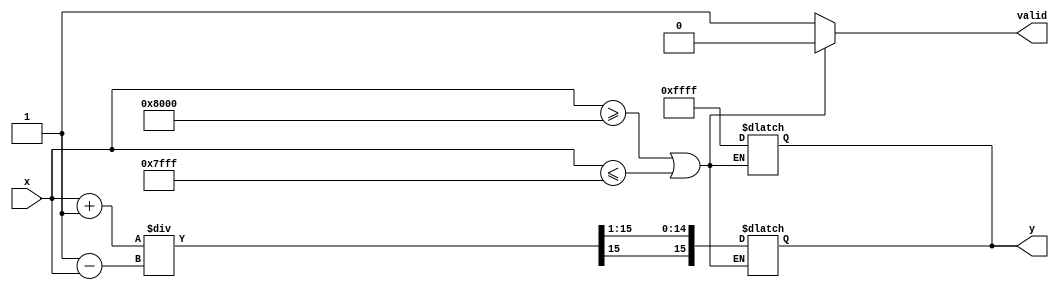
module atanh (
    input wire signed [15:0] x, // Fixed-point input (e.g., Q1.15 format)
    output reg signed [15:0] y,  // Fixed-point output (e.g., Q1.15 format)
    output reg valid             // Output valid signal
);

    // Internal signals
    wire signed [15:0] one_plus_x;
    wire signed [15:0] one_minus_x;
    wire signed [15:0] division_result;
    wire signed [15:0] ln_result;

    // Range Check Module
    always @(*) begin
        if (x >= 16'h8000 || x <= 16'h7FFF) begin // Check if x is in (-1, 1)
            y = 16'hFFFF; // Set to NaN or error code
            valid = 0;
        end else begin
            valid = 1;
        end
    end

    // Arithmetic Module for 1+x and 1-x
    assign one_plus_x = x + 16'h0001; // 1 + x
    assign one_minus_x = 16'h0001 - x; // 1 - x

    // Division Module
    // Simple division implementation (may need to be replaced with a more robust version)
    assign division_result = one_plus_x / one_minus_x; // (1 + x) / (1 - x)

    // Natural Logarithm Module (Placeholder)
    // For simplicity, we will use a simple approximation for ln
    // In a real implementation, this should be replaced with a proper logarithm calculation
    function signed [15:0] ln(input signed [15:0] value);
        begin
            // Simple logarithm approximation (to be replaced with a proper implementation)
            // This is just a placeholder; you should implement a proper logarithm function
            ln = value; // Replace with actual ln calculation
        end
    endfunction

    // Compute the natural logarithm
    assign ln_result = ln(division_result);

    // Scaling Module
    always @(*) begin
        if (valid) begin
            y = ln_result >>> 1; // Scale by 0.5 (divide by 2)
        end
    end

endmodule